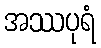
အဿပုရံ